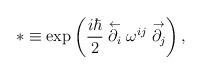
LaTeX: \begin{align*} * \equiv \exp\left(\frac{i \hbar}{2} \stackrel{\leftarrow}{\partial_i}\omega^{ij} \stackrel{\rightarrow}{\partial_j}\right),\end{align*}